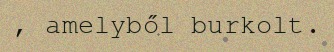
, amelyből burkolt.